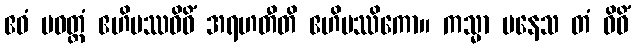
ဧဝံ ပဝတ္တံ ဧဟိပဿဝိဓိံ အရဟတီတိ ဧဟိပဿိကော။ ကသ္မာ ပနေသ တံ ဝိဓိံ